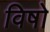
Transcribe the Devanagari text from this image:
विषो